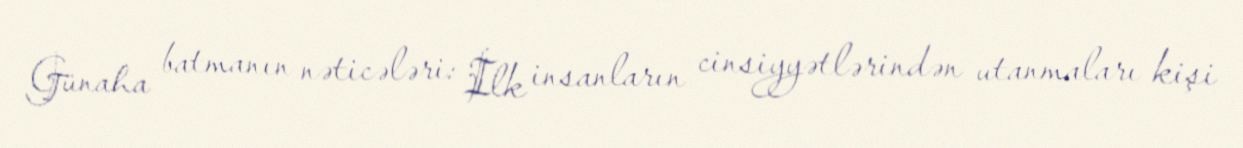
Günaha batmanın nəticələri: İlk insanların cinsiyyətlərindən utanmaları kişi